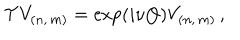
LaTeX: { \cal T } V _ { ( n , \, m ) } = \exp \left( i \nu Q \right) V _ { ( n , \, m ) } \, ,